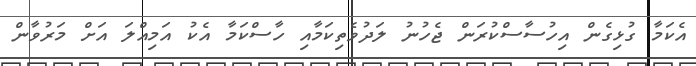
އެކަމާ ގުޅިގެން އިހުސާސްކުރަން ޖެހުނު ލަދުވެތިކަމާއި ހާސްކަމާ އެކު އަމިއްލަ އަށް މަރުވާން